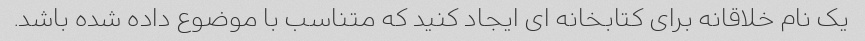
یک نام خلاقانه برای کتابخانه ای ایجاد کنید که متناسب با موضوع داده شده باشد.